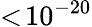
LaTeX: <\! 10^{-20}